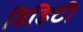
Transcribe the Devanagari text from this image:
डिडिटी